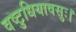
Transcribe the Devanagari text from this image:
वष्टुधियावसुः।